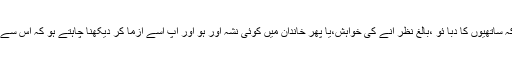
اس کا سب سے بڑاسبب یہ ہے کہ ساتھیوں کا دبا ئو ،بالغ نظر آنے کی خواہش،یا پھر خاندان میں کوئی نشہ آور ہو اور آپ اسے آزما کر دیکھنا چاہتے ہو کہ اس سے کیا ہوتا ہے اور یہ کیسالگتا ہے۔